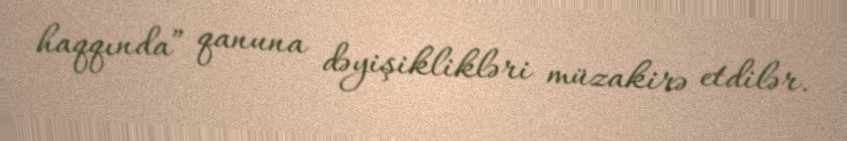
haqqında” qanuna dəyişiklikləri müzakirə etdilər.